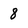
Character: 8